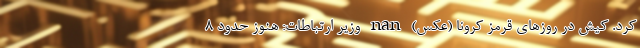
کرد. کیش در روزهای قرمز کرونا (عکس) nan وزیر ارتباطات: هنوز حدود 8